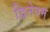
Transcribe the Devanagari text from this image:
द्विनेत्रम्